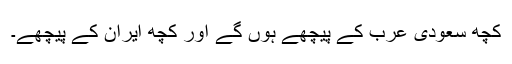
کچھ سعودی عرب کے پیچھے ہوں گے اور کچھ ایران کے پیچھے۔